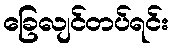
ခြေလျင်တပ်ရင်း